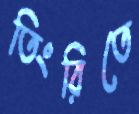
তিংরিতে